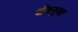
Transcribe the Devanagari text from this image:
चीकयुक्त